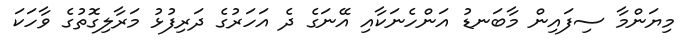
މިޔަންމާ ސިފައިން މާބަނޑު އަންހެނަކާއި އޭނަގެ ދެ އަހަރުގެ ދަރިފުޅު މަރާލިގޮތުގެ ވާހަކަ